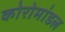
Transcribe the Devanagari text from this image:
कोरोमांडल